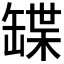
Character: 𦉃